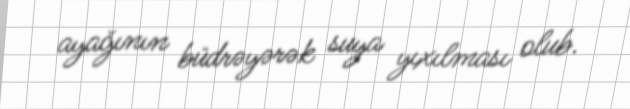
ayağının büdrəyərək suya yıxılması olub.